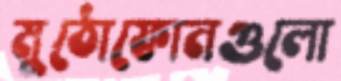
মুঠোফোনগুলো